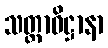
သတ္ထာဓိဋ္ဌာနာ